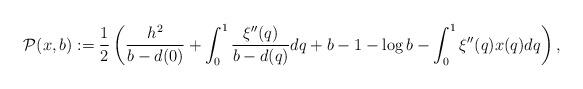
LaTeX: \begin{align*} \mathcal P(x,b):= \frac{1}{2} \left( \frac{h^2}{b-d(0)} + \int_0^1 \frac{\xi''(q)}{b-d(q)} dq +b-1- \log b -\int_0^1 \xi''(q)x(q)dq \right),\end{align*}